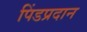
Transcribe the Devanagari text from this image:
पिंडप्रदान